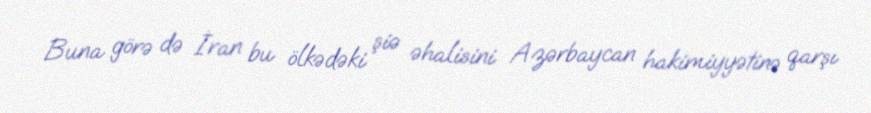
Buna görə də İran bu ölkədəki şiə əhalisini Azərbaycan hakimiyyətinə qarşı